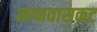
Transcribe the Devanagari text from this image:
मानवासकट